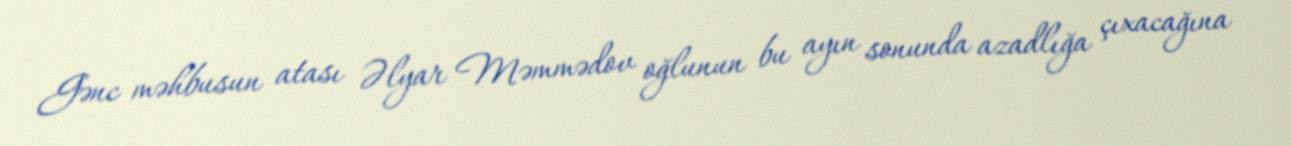
Gənc məhbusun atası Əlyar Məmmədov oğlunun bu ayın sonunda azadlığa çıxacağına